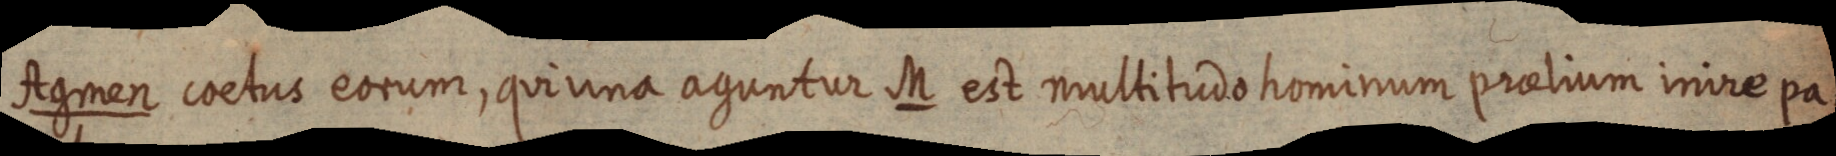
Agmen coetus eorum, qui una aguntur M est multitudo hominum praelium inire pa